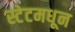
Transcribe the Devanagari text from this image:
स्टेटमधून